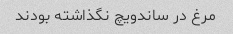
مرغ در ساندویچ نگذاشته بودند